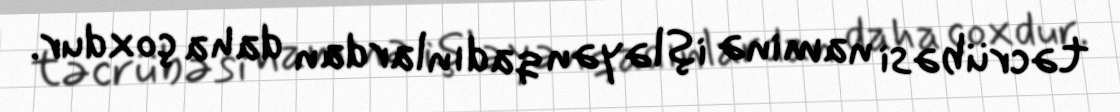
təcrübəsi naminə işləyən qadınlardan daha çoxdur.